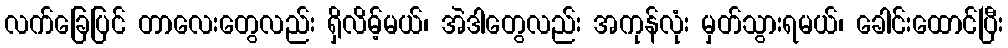
လက်ခြေပြင် တာလေးတွေလည်း ရှိလိမ့်မယ်၊ အဲဒါတွေလည်း အကုန်လုံး မှတ်သွားရမယ်၊ ခေါင်းထောင်ပြီး